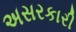
અસરકારી